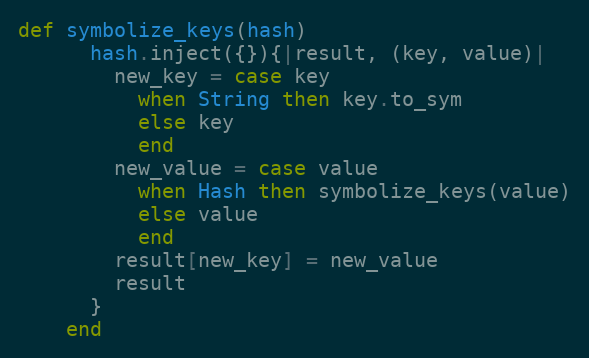
Language: Ruby
def symbolize_keys(hash)
      hash.inject({}){|result, (key, value)|
        new_key = case key
          when String then key.to_sym
          else key
          end
        new_value = case value
          when Hash then symbolize_keys(value)
          else value
          end
        result[new_key] = new_value
        result
      }
    end